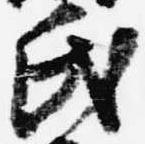
氏